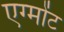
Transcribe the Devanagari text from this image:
एग्मोंट